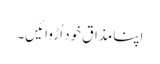
اپنامذاق خود اُڑوائیں۔